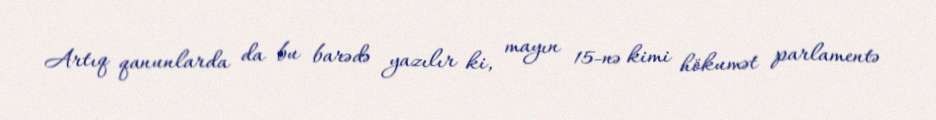
Artıq qanunlarda da bu barədə yazılır ki, mayın 15-nə kimi hökumət parlamentə